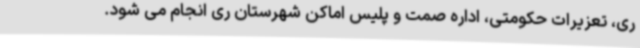
ری، تعزیرات حکومتی، اداره صمت و پلیس اماکن شهرستان ری انجام می شود.